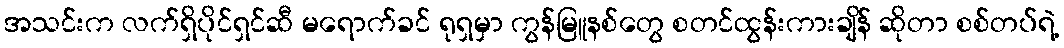
အသင်းက လက်ရှိပိုင်ရှင်ဆီ မရောက်ခင် ရုရှမှာ ကွန်မြူနစ်တွေ စတင်ထွန်းကားချိန် ဆိုတာ စစ်တပ်ရဲ့